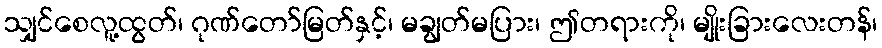
သျှင်စေလူ့ထွတ်၊ ဂုဏ်တော်မြတ်နှင့်၊ မချွတ်မပြား၊ ဤတရားကို၊ မျိုးခြားလေးတန်၊